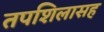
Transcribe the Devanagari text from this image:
तपशिलासह